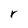
Character: r